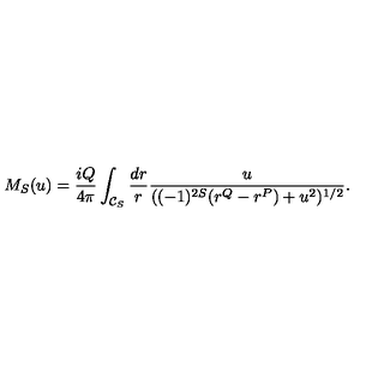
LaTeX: M _ { S } ( u ) = \frac { i Q } { 4 \pi } \int _ { { \cal C } _ { S } } \frac { d r } { r } \frac { u } { ( ( - 1 ) ^ { 2 S } ( r ^ { Q } - r ^ { P } ) + u ^ { 2 } ) ^ { 1 / 2 } } .